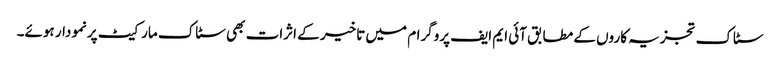
سٹاک تجزیہ کاروں کے مطابق آئی ایم ایف پروگرام میں تاخیر کے اثرات بھی سٹاک مارکیٹ پرنمودار ہوئے۔